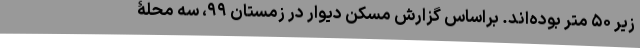
زیر ۵۰ متر بوده‌اند. براساس گزارش مسکن دیوار در زمستان ۹۹، سه محلۀ